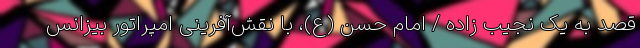
قصد به یک نجیب زاده / امام حسن (ع)، با نقش‌آفرینی امپراتور بیزانس